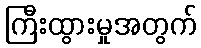
ကြီးထွားမှုအတွက်